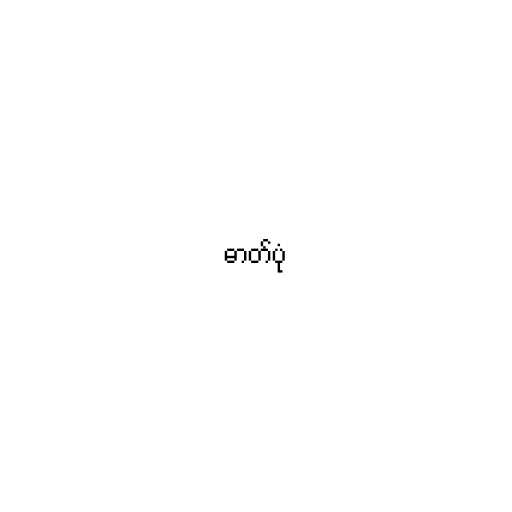
ဓာတ်ပုံ